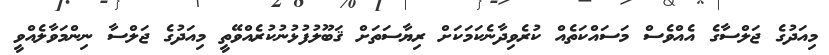
މިއަދުގެ ޖަލްސާގެ އެއްވެސް މަސައްކަތެއް ކުރެވިދާނެކަމަކަށް ރިޔާސަތަށް ޤަބޫލުފުޅުނުކުރެއްވޭތީ މިއަދުގެ ޖަލްސާ ނިންމަވާލެއްވީ